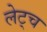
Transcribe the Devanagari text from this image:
लेट्च